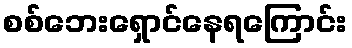
စစ်ဘေးရှောင်နေရကြောင်း